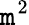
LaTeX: \mathtt{m}^{2}